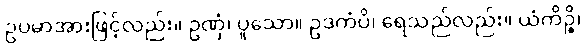
ဥပမာအားဖြင့်လည်း။ ဥဏှံ၊ ပူသော။ ဥဒကံပိ၊ ရေသည်လည်း။ ယံကိဉ္စိ၊